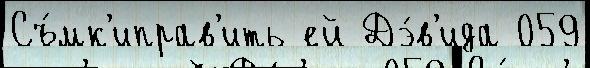
Съ́мк'иправ'ить ей Дэ́в'ида 059